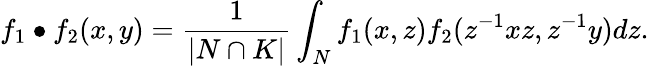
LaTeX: f_{1}\bullet f_{2}(x,y)=\frac{1}{|N\cap K|}\int_{N}f_{1}(x,z)f_{2}(z^{-1}xz,z^{-1}y)dz.